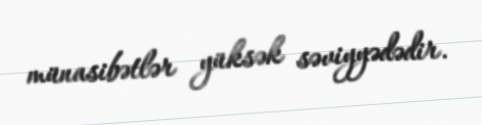
münasibətlər yüksək səviyyədədir.